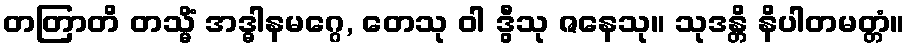
တတြာတိ တသ္မိံ အဒ္ဓါနမဂ္ဂေ, တေသု ဝါ ဒွီသု ဇနေသု။ သုဒန္တိ နိပါတမတ္တံ။